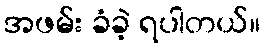
အဖမ်း ခံခဲ့ ရပါတယ်။